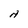
Character: A